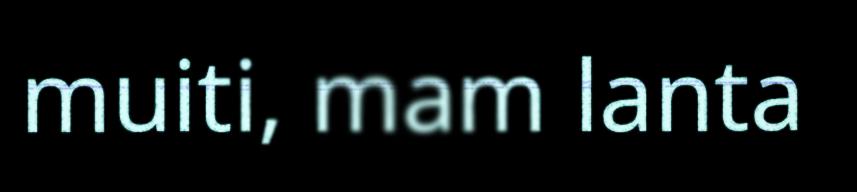
muiti, mam lanta